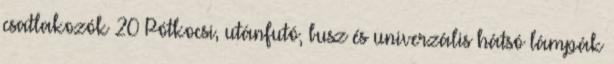
csatlakozók 20 Pótkocsi, utánfutó, busz és univerzális hátsó lámpák